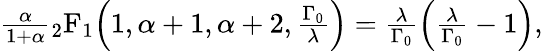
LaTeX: \begin{array}{r}{\frac{\alpha}{1+\alpha}\mathstrut_{2}\mathrm{F}_{1}\Big(1,\alpha+1,\alpha+2,\frac{\Gamma_{0}}{\lambda}\Big)=\frac{\lambda}{\Gamma_{0}}\Big(\frac{\lambda}{\Gamma_{0}}-1\Big),}\end{array}